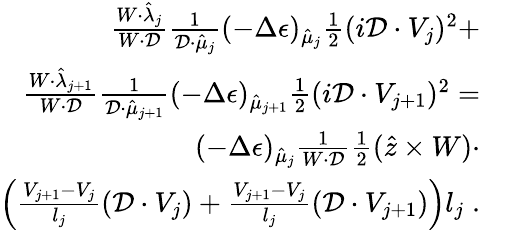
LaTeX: \begin{array}{rl}{\frac{W\cdot\hat{\lambda}_{j}}{W\cdot\mathcal{D}}\frac{1}{\mathcal{D}\cdot\hat{\mu}_{j}}(-\Delta\epsilon)_{\hat{\mu}_{j}}\frac{1}{2}(i\mathcal{D}\cdot V_{j})^{2}+}&{{}}\\ {\frac{W\cdot\hat{\lambda}_{j+1}}{W\cdot\mathcal{D}}\frac{1}{\mathcal{D}\cdot\hat{\mu}_{j+1}}(-\Delta\epsilon)_{\hat{\mu}_{j+1}}\frac{1}{2}(i\mathcal{D}\cdot V_{j+1})^{2}=}&{{}}\\ {(-\Delta\epsilon)_{\hat{\mu}_{j}}\frac{1}{W\cdot\mathcal{D}}\frac{1}{2}(\hat{z}\times W)\cdot}&{{}}\\ {\left(\frac{V_{j+1}-V_{j}}{l_{j}}(\mathcal{D}\cdot V_{j})+\frac{V_{j+1}-V_{j}}{l_{j}}(\mathcal{D}\cdot V_{j+1})\right)l_{j}\; .}\end{array}